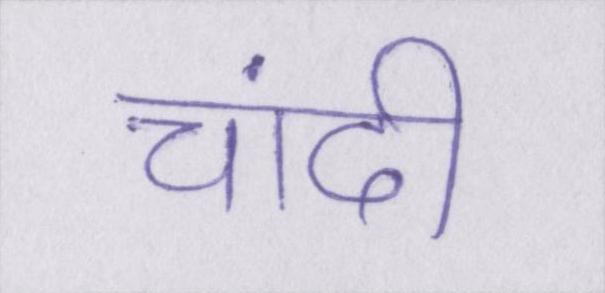
चांदी